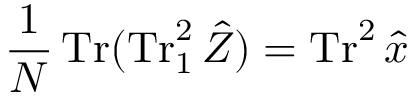
\frac { 1 } { N } \operatorname { T r } ( \operatorname { T r } _ { 1 } ^ { 2 } \hat { Z } ) = \operatorname { T r } ^ { 2 } \hat { x }